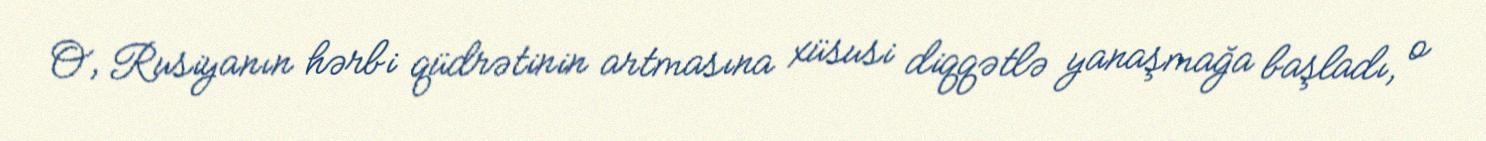
O, Rusiyanın hərbi qüdrətinin artmasına xüsusi diqqətlə yanaşmağa başladı, o